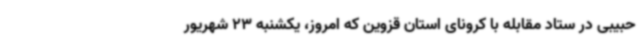
حبیبی در ستاد مقابله با کرونای استان قزوین که امروز، یکشنبه 23 شهریور